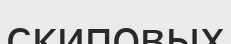
скиповых